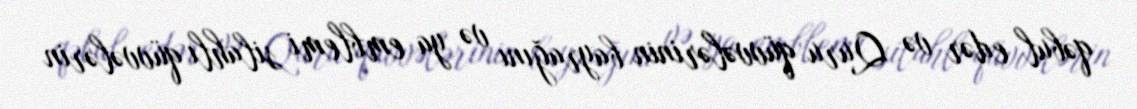
qəbul edər və Quru qüvvələrinin bayrağını və ya emblemi silahlı qüvvələrin